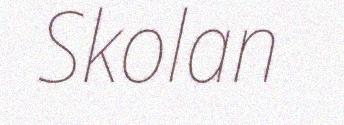
Skolan